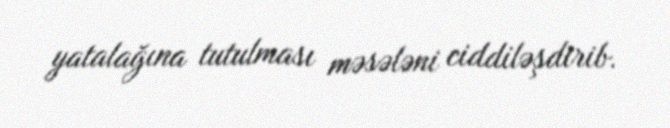
yatalağına tutulması məsələni ciddiləşdirib.